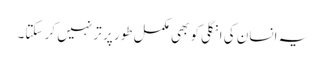
یہ انسان کی انگلی کو بھی مکمل طور پر تر نہیں کر سکتا۔